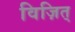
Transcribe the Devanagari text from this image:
विज़ित्